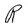
Character: R